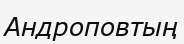
Андроповтың